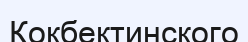
Кокбектинского